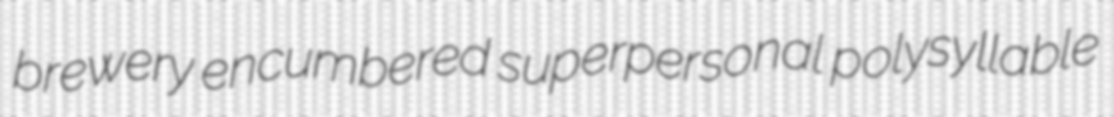
brewery encumbered superpersonal polysyllable